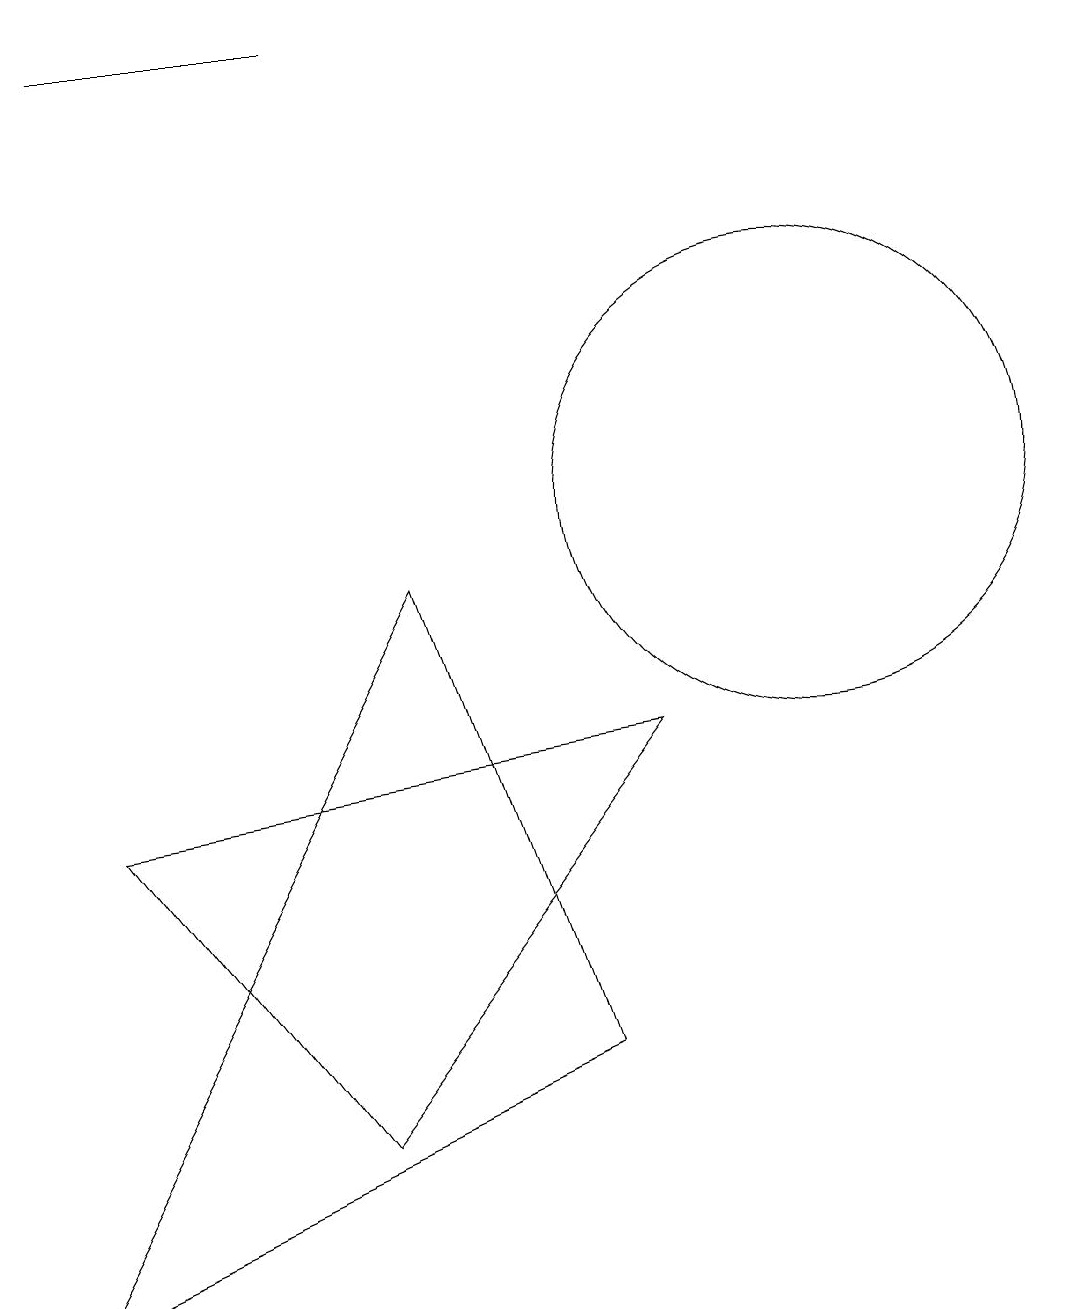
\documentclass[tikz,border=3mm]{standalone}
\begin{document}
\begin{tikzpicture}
\draw (10,12) circle (0);
\draw (11,10) circle (3);
\draw (9,7) -- (5,2) -- (2,6) -- cycle;
\draw (6,9) -- (8,3) -- (1,0) -- cycle;
\draw (5,16) rectangle (2,16);
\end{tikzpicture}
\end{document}